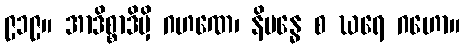
၉၁၉။ အာဒိစ္စာဒိမှိ ဂဟဏေ၊ နိဗန္ဓေ စ ဃရေ ဂဟော။